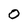
Character: O